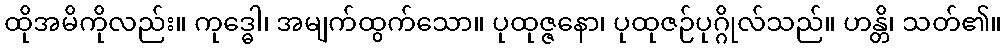
ထိုအမိကိုလည်း။ ကုဒ္ဓေါ၊ အမျက်ထွက်သော။ ပုထုဇ္ဇနော၊ ပုထုဇဉ်ပုဂ္ဂိုလ်သည်။ ဟန္တိ၊ သတ်၏။